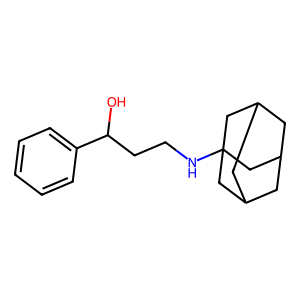
SMILES: OC(CCNC12CC3CC(CC(C3)C1)C2)c1ccccc1
Inhibits HIV replication: No